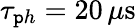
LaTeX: \tau_{\mathtt{p}h}=20\, \mu\mathrm{{s}}